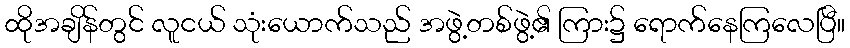
ထိုအချိန်တွင် လူငယ် သုံးယောက်သည် အဖွဲ့တစ်ဖွဲ့၏ ကြား၌ ရောက်နေကြလေပြီ။